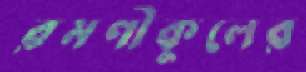
রমণীকুলের